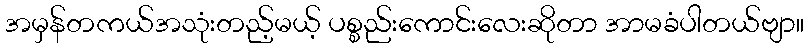
အမှန်တကယ်အသုံးတည့်မယ့် ပစ္စည်းကောင်းလေးဆိုတာ အာမခံပါတယ်ဗျာ။